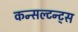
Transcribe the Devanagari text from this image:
कन्सल्टन्ट्स